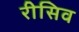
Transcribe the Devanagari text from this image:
रीसिव